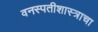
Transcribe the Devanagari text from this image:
वनस्पतीशास्त्राचा